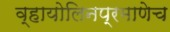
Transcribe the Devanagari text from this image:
व्हायोलिनप्रमाणेच